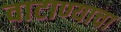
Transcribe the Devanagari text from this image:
वाटाण्याचा